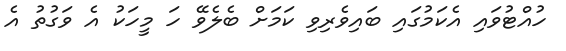
ހުއްޓުވައި އެކަމުގައި ބައިވެރިވި ކަމަށް ބެލެވޭ ހަ މީހަކު އެ ވަގުތު އެ